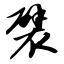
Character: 襞